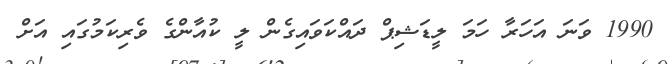
1990 ވަނަ އަހަރާ ހަމަ ލީޑަޝިޕް ދައްކަވައިގެން ލީ ކުއާންގެ ވެރިކަމުގައި އަށް